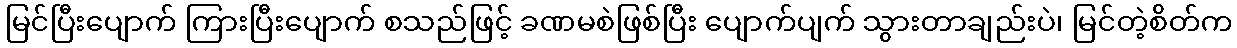
မြင်ပြီးပျောက် ကြားပြီးပျောက် စသည်ဖြင့် ခဏမစဲဖြစ်ပြီး ပျောက်ပျက် သွားတာချည်းပဲ၊ မြင်တဲ့စိတ်က